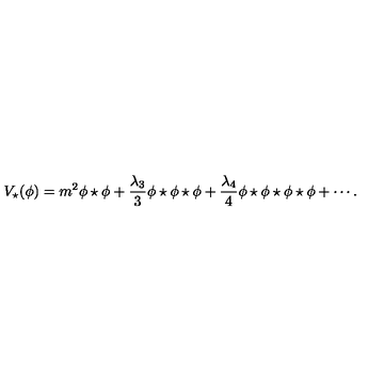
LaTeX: V _ { \star } ( \phi ) = m ^ { 2 } \phi \star \phi + { \frac { \lambda _ { 3 } } { 3 } } \phi \star \phi \star \phi + { \frac { \lambda _ { 4 } } { 4 } } \phi \star \phi \star \phi \star \phi + \cdots .